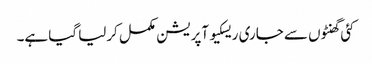
کئی گھنٹوں سے جاری ریسکیو آپریشن مکمل کرلیا گیا ہے۔